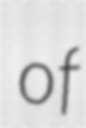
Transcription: of